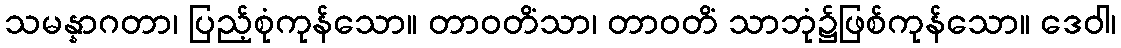
သမန္နာဂတာ၊ ပြည့်စုံကုန်သော။ တာဝတိံသာ၊ တာဝတိံ သာဘုံ၌ဖြစ်ကုန်သော။ ဒေဝါ၊